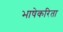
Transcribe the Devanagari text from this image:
भाषेकरिता